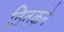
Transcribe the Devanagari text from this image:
ठिठकने